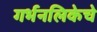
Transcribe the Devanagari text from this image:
गर्भनलिकेचे